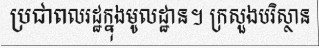
ប្រជាពលរដ្ឋក្នុងមូលដ្ឋាន។ ក្រសួងបរិស្ថាន